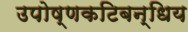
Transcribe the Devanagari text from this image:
उपोष्णकटिबन्धिय